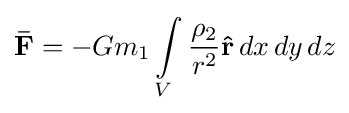
\mathbf {\bar {F}} =-Gm_{1}\int \limits _{V}{\frac {\rho _{2}}{r^{2}}}\mathbf {\hat {r}} \,dx\,dy\,dz